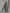
Text: 1